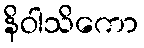
နိဝါသိကော